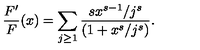
\frac { F ^ { \prime } } { F } ( x ) = \sum _ { j \ge 1 } \frac { s x ^ { s - 1 } / j ^ { s } } { ( 1 + x ^ { s } / j ^ { s } ) } .